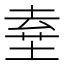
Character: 𡍊